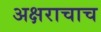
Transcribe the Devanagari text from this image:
अक्षराचाच